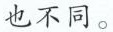
也不同